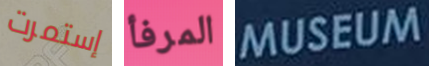
إستمرت المرفأ MUSEUM